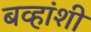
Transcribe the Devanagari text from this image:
बव्हांशी